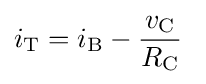
i_{\mathrm {T} }=i_{\mathrm {B} }-{\frac {v_{\mathrm {C} }}{R_{\mathrm {C} }}}\